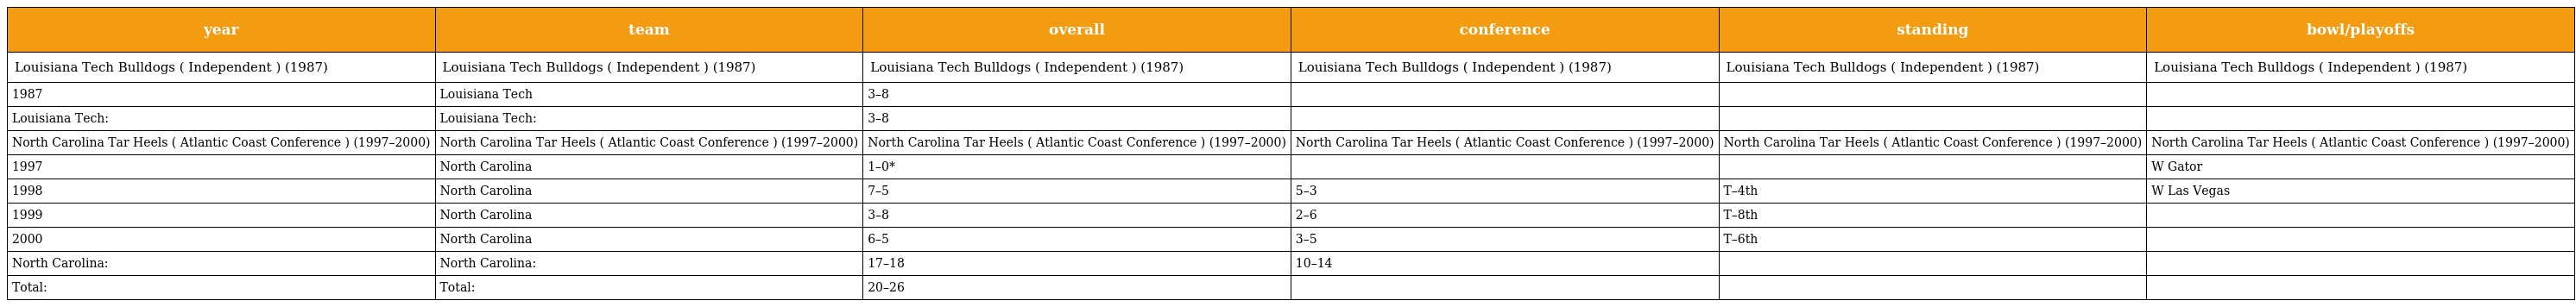
| year | team | overall | conference | standing | bowl/playoffs |
 | --- | --- | --- | --- | --- | --- |
 | Louisiana Tech Bulldogs ( Independent ) (1987) | Louisiana Tech Bulldogs ( Independent ) (1987) | Louisiana Tech Bulldogs ( Independent ) (1987) | Louisiana Tech Bulldogs ( Independent ) (1987) | Louisiana Tech Bulldogs ( Independent ) (1987) | Louisiana Tech Bulldogs ( Independent ) (1987) |
 | 1987 | Louisiana Tech | 3–8 |  |  |  |
 | Louisiana Tech: | Louisiana Tech: | 3–8 |  |  |  |
 | North Carolina Tar Heels ( Atlantic Coast Conference ) (1997–2000) | North Carolina Tar Heels ( Atlantic Coast Conference ) (1997–2000) | North Carolina Tar Heels ( Atlantic Coast Conference ) (1997–2000) | North Carolina Tar Heels ( Atlantic Coast Conference ) (1997–2000) | North Carolina Tar Heels ( Atlantic Coast Conference ) (1997–2000) | North Carolina Tar Heels ( Atlantic Coast Conference ) (1997–2000) |
 | 1997 | North Carolina | 1–0* |  |  | W Gator |
 | 1998 | North Carolina | 7–5 | 5–3 | T–4th | W Las Vegas |
 | 1999 | North Carolina | 3–8 | 2–6 | T–8th |  |
 | 2000 | North Carolina | 6–5 | 3–5 | T–6th |  |
 | North Carolina: | North Carolina: | 17–18 | 10–14 |  |  |
 | Total: | Total: | 20–26 |  |  |  |